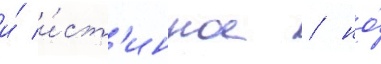
и́ и́ст'инное / но́